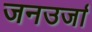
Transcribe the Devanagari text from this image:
जनउर्जा